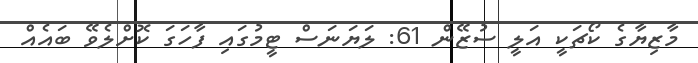
މާޒިޔާގެ ކޯޗަކީ އަލީ ސުޒޭން 61: ލަޔަނަސް ޓީމުގައި ފާހަގަ ކޮށްލެވޭ ބައެއް